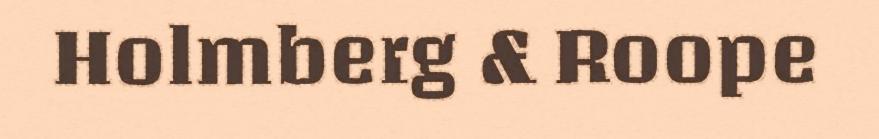
Holmberg & Roope